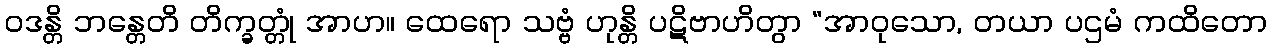
ဝဒန္တိ ဘန္တေတိ တိက္ခတ္တုံ အာဟ။ ထေရော သဗ္ဗံ ဟုန္တိ ပဋိဗာဟိတွာ “အာဝုသော, တယာ ပဌမံ ကထိတော